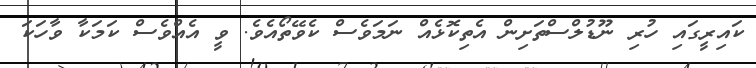
ކައިރީގައި ހުރި ނޫޑުލްސްތަށިން އެތިކޮޅެއް ނަމަވެސް ކެވޭތޯއެވެ. ވީ އެއްވެސް ކަމަކާ ވާހަކަ